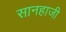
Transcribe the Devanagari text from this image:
सानहाजी